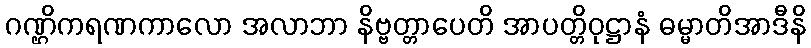
ဂဏ္ဌိကရဏကာလော အလာဘာ နိဗ္ဗတ္တာပေတိ အာပတ္တိဝုဋ္ဌာနံ ဓမ္မာတိအာဒီနိ